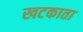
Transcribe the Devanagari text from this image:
खटकाता